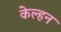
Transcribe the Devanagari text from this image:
केल्हन